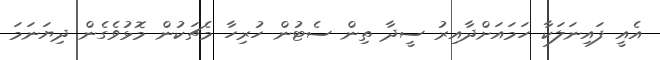
އެއީ ފައިނަލަކާ ހަމައަށްދާއިރު ސީދާ ތިން ސެޓުން ހުރިހާ މެޗަކުން މޮޅުވެގެން ދިޔަނަމަ